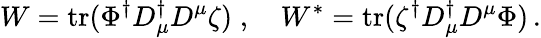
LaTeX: W=\mathrm{tr}(\Phi^{\dagger}D_{\mu}^{\dagger}D^{\mu}\zeta)\; ,\quad W^{\ast}=\mathrm{tr}(\zeta^{\dagger}D_{\mu}^{\dagger}D^{\mu}\Phi)\, .